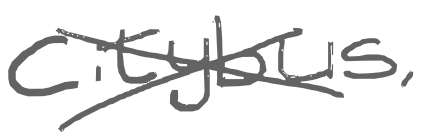
Text: Citybus,
Cross-out: cross
Writing tool: digital_gray